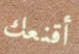
أقنعك